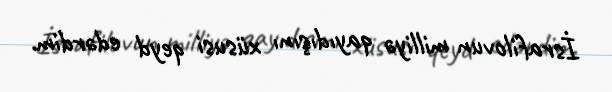
İsrafilovun milliyə qayıdışını xüsusi qeyd edərdim.